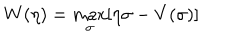
LaTeX: W ( \eta ) = \max _ { \sigma } [ \eta \sigma - V ( \sigma ) ]